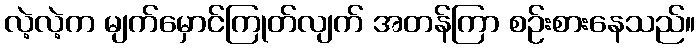
လဲ့လဲ့က မျက်မှောင်ကြုတ်လျက် အတန်ကြာ စဉ်းစားနေသည်။